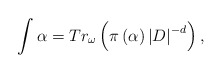
\begin{align*}\int\alpha=Tr_{\omega}\left( \pi\left( \alpha\right) \left| D\right|^{-d}\right) ,\end{align*}